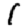
Digit: 1